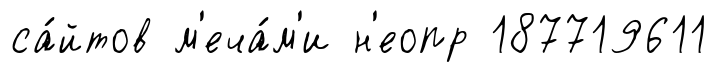
са́йтов м'еча́м'и н'еопр 187719611